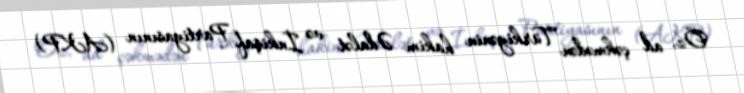
Öz, ad çəkmədən Türkiyənin hakim Ədalət və İnkişaf Partiyasının (AKP)